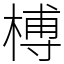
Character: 榑